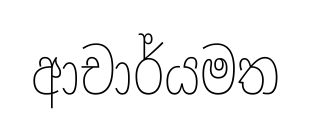
ආචාර්යමත